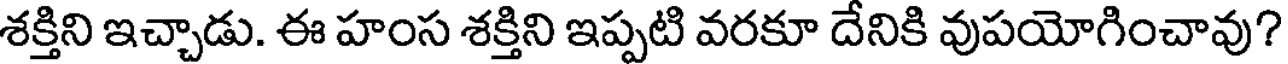
శక్తిని ఇచ్చాడు. ఈ హంస శక్తిని ఇప్పటి వరకూ దేనికి వుపయోగించావు?